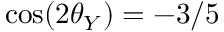
\cos ( 2 \theta _ { Y } ) = - 3 / 5